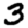
Digit: 3